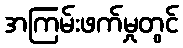
အကြမ်းဖက်မှုတွင်